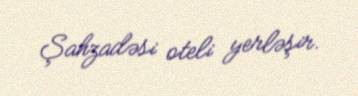
Şahzadəsi oteli yerləşir.